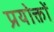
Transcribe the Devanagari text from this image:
प्रयोक्तों